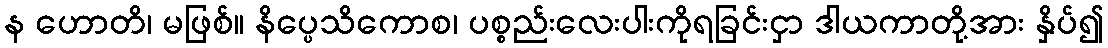
န ဟောတိ၊ မဖြစ်။ နိပ္ပေသိကောစ၊ ပစ္စည်းလေးပါးကိုရခြင်းငှာ ဒါယကာတို့အား နှိပ်၍